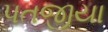
પતજીયા